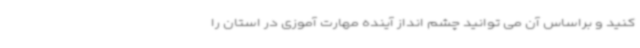
کنید و براساس آن می توانید چشم انداز آینده مهارت آموزی در استان را